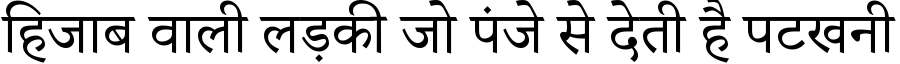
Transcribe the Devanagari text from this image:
हिजाब वाली लड़की जो पंजे से देती है पटखनी